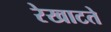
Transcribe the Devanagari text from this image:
रेखाटते